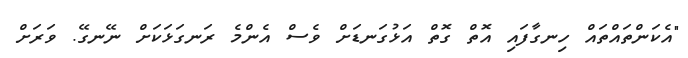
"އެކަންތައްތައް ހިނގާފައި އޮތް ގޮތް އަޅުގަނޑަށް ވެސް އެންމެ ރަނގަޅަކަށް ނޭނގޭ. ވަރަށް